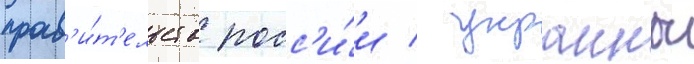
прав'и́т'ельств росс'и́и / украины